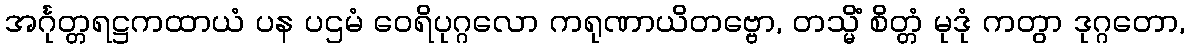
အင်္ဂုတ္တရဋ္ဌကထာယံ ပန ပဌမံ ဝေရိပုဂ္ဂလော ကရုဏာယိတဗ္ဗော, တသ္မိံ စိတ္တံ မုဒုံ ကတွာ ဒုဂ္ဂတော,